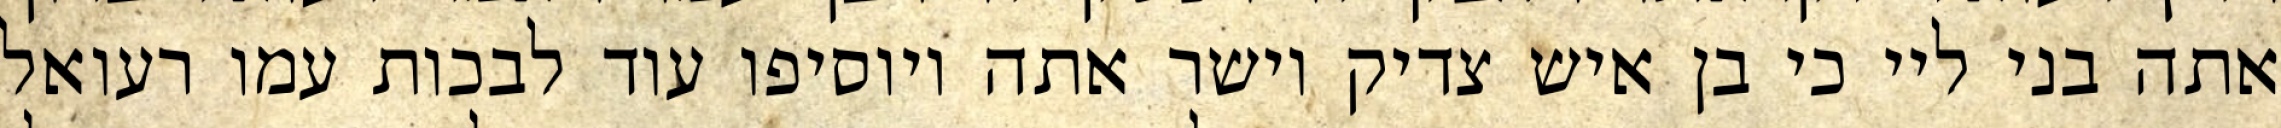
אתה בני ליי כי בן איש צדיק וישר אתה ויוסיפו עוד לבכות עמו רעואל